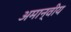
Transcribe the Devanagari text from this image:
अमान्वीय